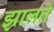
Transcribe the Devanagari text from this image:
झालते